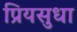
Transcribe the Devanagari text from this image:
प्रियसुधा